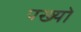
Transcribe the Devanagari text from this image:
पख्‍यो